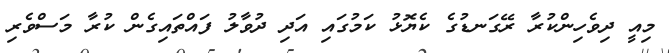
މިއީ ދިވެހިންކުރާ ރޭގަނޑުގެ ކެޔޮޅު ކަމުގައި އަދި ދުވާލު ފައްތައިގެން ކުރާ މަސްވެރި